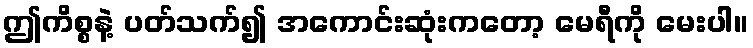
ဤကိစ္စနဲ့ ပတ်သက်၍ အကောင်းဆုံးကတော့ မေရီကို မေးပါ။